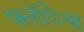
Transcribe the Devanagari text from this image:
फ्लॅारेन्स